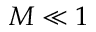
M \ll 1